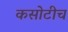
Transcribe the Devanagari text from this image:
कसोटीच